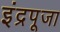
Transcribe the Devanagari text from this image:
इंद्रपूजा